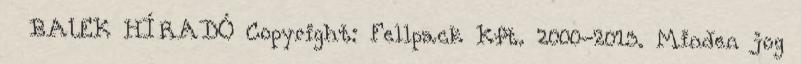
BALEK HÍRADÓ Copyright: Fellpack Kft. 2000-2013. Minden jog